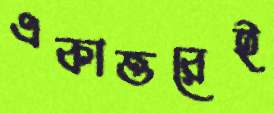
একাত্তরেই